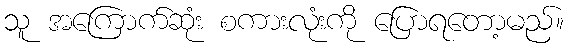
သူ အကြောက်ဆုံး စကားလုံးကို ပြောရတော့မည်။